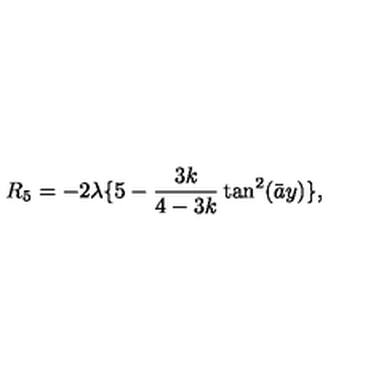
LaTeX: R _ { 5 } = - 2 \lambda \{ 5 - \frac { 3 k } { 4 - 3 k } \tan ^ { 2 } ( \bar { a } y ) \} ,